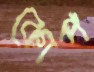
কোপ